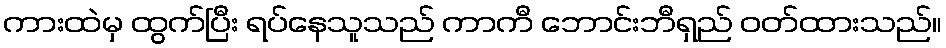
ကားထဲမှ ထွက်ပြီး ရပ်နေသူသည် ကာကီ ဘောင်းဘီရှည် ဝတ်ထားသည်။